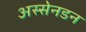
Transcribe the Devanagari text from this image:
अस्सेनडन